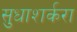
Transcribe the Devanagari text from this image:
सुधाशर्करा